Medical and sanitary report of the native army of Madras for the year
Year: 1872
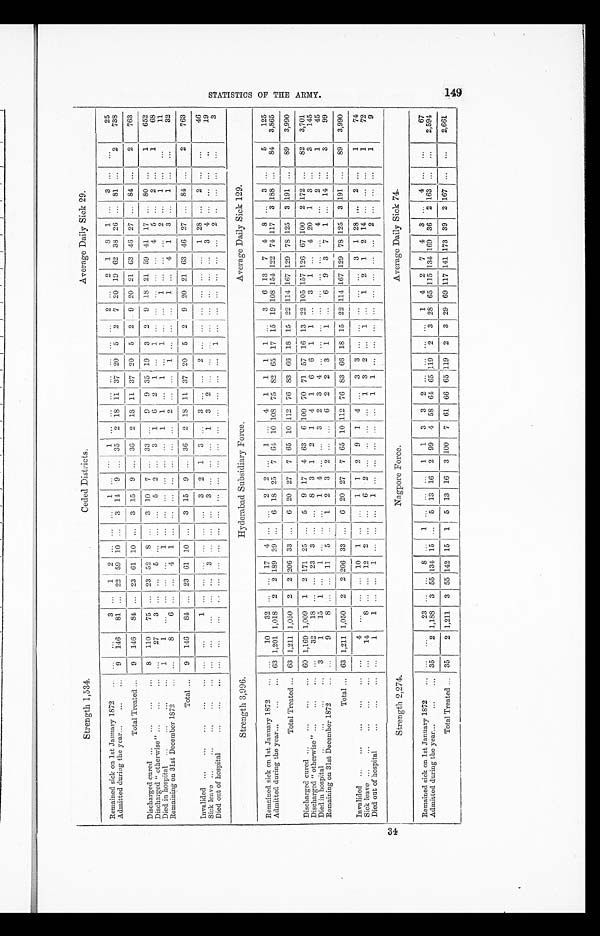
Strength 1,534.
Ceded Districts.
Average Daily Sick 29.
Remained sick on 1st January 1872
...
. . . . . .
3
. . .
1
2
. . .
. . .
. . .
1
. . .
. . .
1
. . .
. . .
. . .
. . .
. . .
. . .
. . .
2
. . .
2
1
8
1
. . .
3
. . .
. . .
25
Admitted during the year... ...
9 146
81
. . . 22 59 10
. . .
3 14
9
. . . 35
2 18 11 37 20
5
2
7 20 19 62 38 26
. . . 81
. . .
2
738
Total Treated ...
9
146
84
. . . 23 61 10
. . .
3 15
9
. . . 36
2 18 11 37 20
5
2
9 20 21 63 46 27
. . . 84
. . .
2
763
Discharged cured ...
...
...
...
8
110
75
. . . 23 52
8
. . . 3 10
7
. . . 33
. . .
9
9
35 19
3
2
9
1 8 21 59 41 17
. . . 80
. . .
1
652
Discharged “ otherwise”..
...
...
. . .
27
3
. . .
. . .
5
. . .
. . .
. . .
5
2
. . .
3
1
6
2
1
. . .
1
. . .
. . .
. . .
. . .
. . . 4
5
. . .
2
. . .
1
68
Died in hospital
...
...
. . .
1
1
. . .
. . .
. . .
. . . 1
. . .
. . .
. . .
. . .
. . .
. . .
1
1
. . . 1
. . . 1
. . .
. . . 1
. . .
. . .
. . . 2
. . . 1
. . .
. . .
11
Remaining on 31st December 1872
...
. . .
8
6
. . .
. . . 4
1
. . .
. . .
. . .
. . .
. . .
. . .
. . .
2
. . .
. . .
1
. . .
. . .
. . . 1
. . .
4
1
3
. . .
1
. . .
. . .
32
Total ...
9
146
84
. . . 23 61 10
. . .
3 15
9
. . . 36
2 18 11 37 20
5
2
9 20 21 63 46 27
. . .
8 4
. . .
2
763
Invalided ...
...
...
...
...
. . .
. . .
1
. . .
. . .
. . .
. . .
. . .
. . .
3
2
1
3
. . . 3
. . .
. . . 2
. . .
. . .
. . .
. . .
. . .
. . . 1 28
. . .
2
. . .
. . .
46
Sick leave ...
...
...
...
. . .
. . .
. . .
. . .
. . . 3
. . .
. . .
. . . 3
. . .
. . .
. . .
1 3
2
. . .
. . .
. . .
. . .
. . .
. . .
. . .
. . .
3
4
. . .
. . .
. . .
. . .
19
Died out of hospital
...
...
...
. . .
. . .
. . .
. . .
. . .
. . .
. . .
. . .
. . .
. . .
. . .
. . .
. . .
. . .
. . .
. . .
. . .
. . .
1
. . .
. . .
. . .
. . .
. . .
. . . 2
. . .
. . .
. . .
. . .
3
Strength 3,996.
Hyderabad Subsidiary Force.
Average Daily Sick 129.
Remained sick on 1st January 1872
...
. . .
10
32
. . .
. . . 17
4
. . .
. . . 2
2
. . .
1 . . .
4
1
1
1
1
. . .
3
6 13
7
4
8
. . .
3
. . .
5
125
Admitted during the year...
...
63 1,201 1,018
2
2 189 29
. . .
6 18 25
7
6 4 10 108 75 82 65 17 15 19
1 0 8
1 5 4 122 74 117
3 188
. . .
84
3,865
Total Treated ...
63 1,211 1,050
2
2 206 33
. . .
6 20 27
7 65 10 112 76 83 66
1 8 15 22 114 167 129 78 125
3 191
. . .
89
3,990
Discharged cured ...
...
...
60 1,169 1,009
1
2 171 25
. . .
5
9 17
4 63
6 100 70 71 57 16 13 22 105 157 126 67 100
2 172
. . .
82
3,701
Discharged “ otherwise” ...
...
...
. . .
32
18
. . .
. . . 23
3
. . .
. . . 8
3
1
2
1
4
1
6
6
1
1
. . .
3
1
. . . 4 20
1
3
. . .
3
145
Died in hospital
..
...
...
...
3
1
15
1
. . .
1
. . .
. . .
. . .
1
4
. . .
. . .
3
2
3
4
. . .
. . .
. . .
. . .
. . .
. . .
. . .
. . .
4
. . .
2
1
45
Remaining on 31st December 1872
...
. . .
9
8
. . .
. . . 11
5
. .
1
2
3
2
. . .
. . .
6
2
2
3
1
1
. . .
6
9
3
7
1
. . . 14
. . .
3
99
Total ...
63 1,211 1,050
2
2 206 33
. . .
6 20 27
7 65 10 112 76 83 66 18 15 22 114 167 129 78 125
3 191
. . .
89
3,990
Invalided ...
...
...
...
...
. . .
4
. . .
. . .
. . .
1 0 1
. . . . . .
1
1
2
9
1
4
. . .
3
3 ...
. . .
. . .
. . .
. . .
3
1 28
. . .
2
. . .
1
74
Sick leave ...
...
...
. . .
14
8
. . .
. . . 12
2
. . .
. . . 6
2
. . .
. . .
. . . . . .
1
3
2
. . .
1
. . . 1
2
1
2 14
. . .
. . .
. . .
1
72
Died out of hospital
. . .
1
1
. . .
. . . 1
. . .
. . .
. . .
1
. . .
. . .
. . .
. . .
. . . 1
1
. . .
. . .
. . .
. . .
. . .
. . .
. . .
. . .
2
. . .
. . .
. . .
1
9
Strength 2,274.
Nagpore Force. Average Daily Sick 74.
Remained sick on 1st January 1872
...
. . .
. . .
23
. . .
. . .
8
. . . 1
. . .
. . .
. . .
1
1
3
3
2
. . .
. . .
. . .
. . .
1
4
2
7
4
3
. . .
4 ...
. . .
67
Admitted during the year...
...
...
35
2 1,188 3 55 134 15
. . . 5 13 16
2 99
4 58 64 65 119
2
3 28 65 115 134 169 36
2 163
. . .
. . .
2,594
Total Treated ... 35
2 1,211
3 55 142 15
1
5 13 16
3 100
7 61 66
6 5
1 1 9 2
3 29 69 117 141 173 39
2 167 . . .
. . .
2,661
1 4 9
3 4